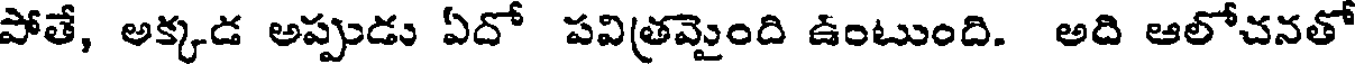
పోతే, అక్కడ అప్పుడు ఏదో పవిత్రమైంది ఉంటుంది. అది ఆలోచనతో